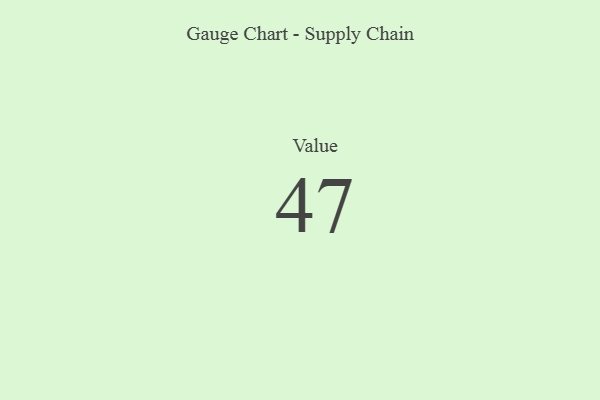
{"axis": {"x": "Metric", "y": "Value"}, "legend": [""], "data": [{"x": "Value", "y": 47, "type": ""}]}